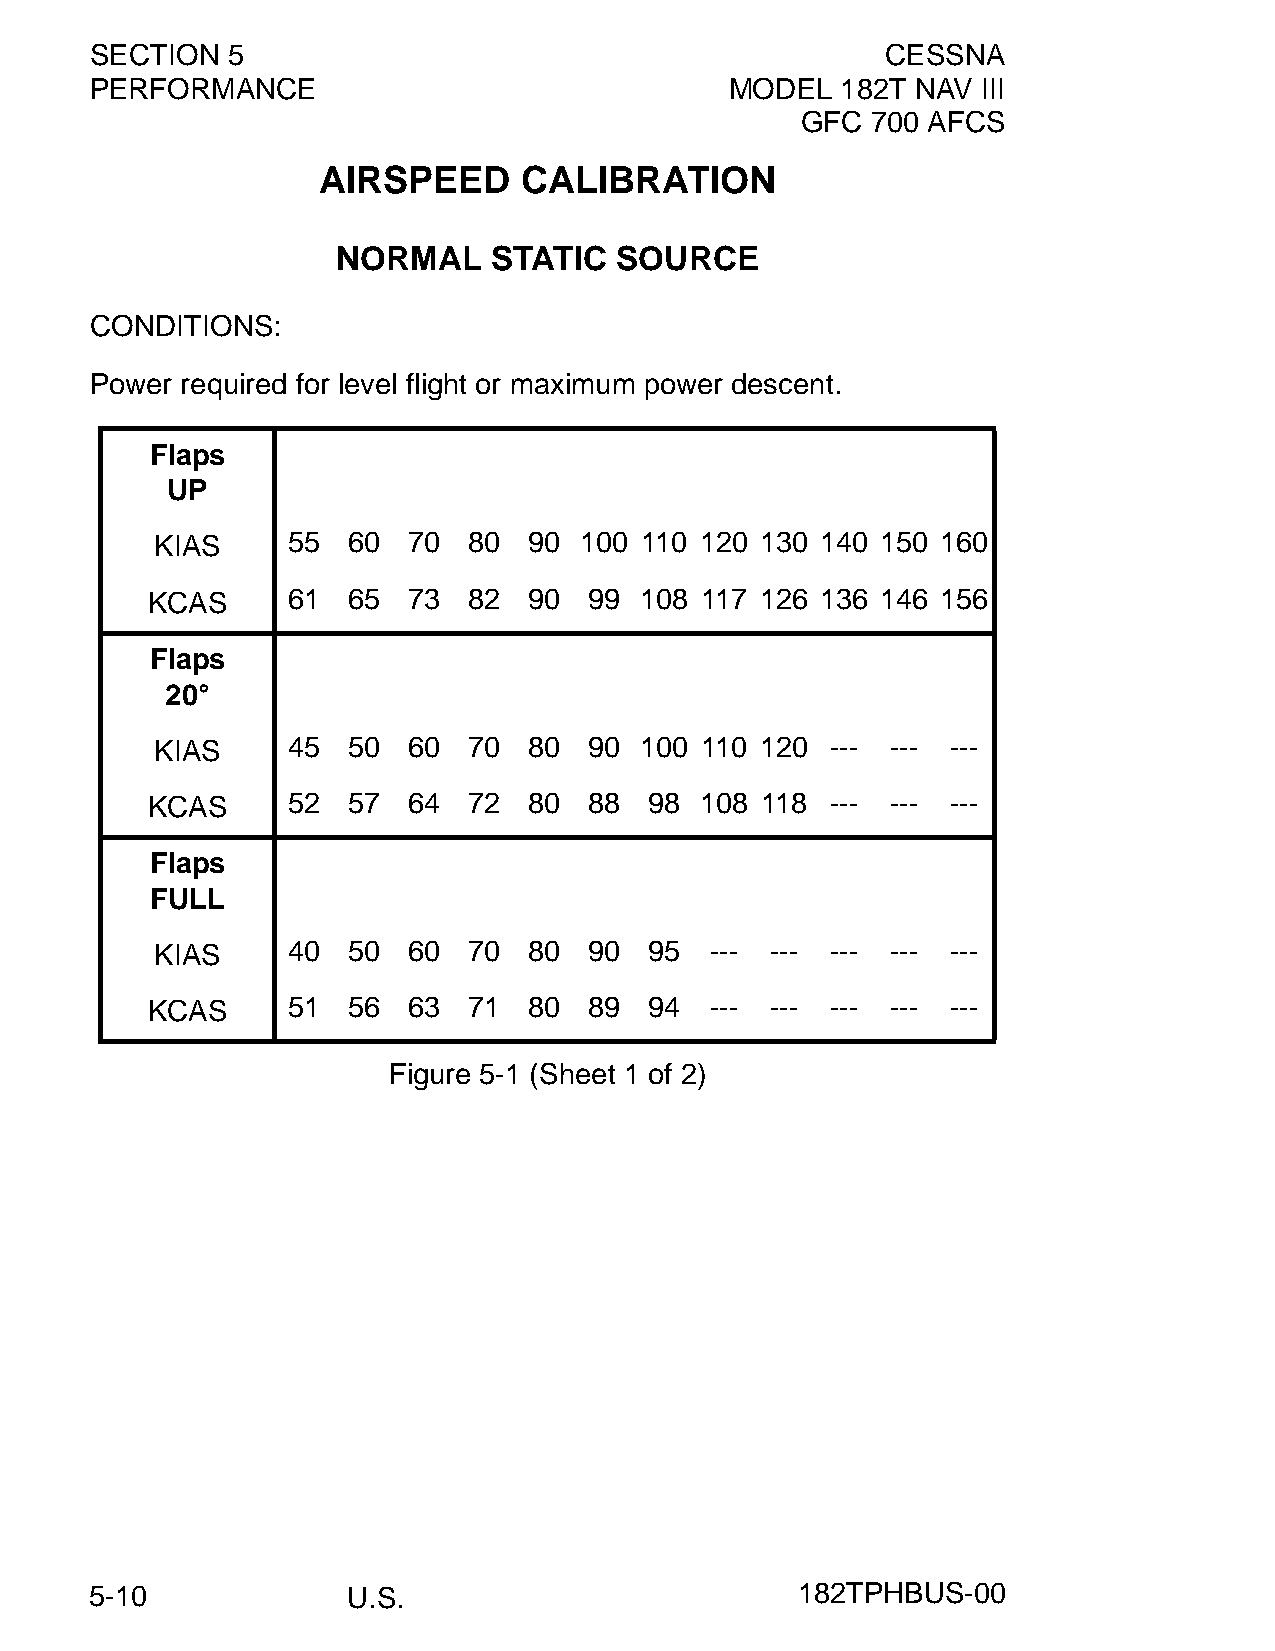
SECTION  5                                           CESSNA
 PERFORMANCE                               MODEL   182T NAV III
 GFC  700 AFCS
 AIRSPEED     CALIBRATION
 NORMAL     STATIC  SOURCE
 CONDITIONS:
 Power required for level flight or maximum power descent.
 Flaps
 UP
 KIAS     55  60  70  80  90 100 110 120 130 140 150 160
 KCAS     61  65  73  82  90  99 108 117 126 136 146 156
 Flaps
 20°
 KIAS     45  50  60  70  80  90 100 110 120  --- --- ---
 KCAS     52  57  64  72  80  88  98 108 118  --- --- ---
 Flaps
 FULL
 KIAS     40  50  60  70  80  90  95  --- --- --- --- ---
 KCAS     51  56  63  71  80  89  94  --- --- --- --- ---
 Figure 5-1 (Sheet 1 of 2)
 5-10             U.S.                          182TPHBUS-00